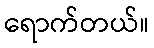
ရောက်တယ်။